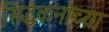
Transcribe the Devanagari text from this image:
सिद्धंकनाच्या